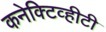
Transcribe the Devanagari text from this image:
कनेक्टिव्हीटी